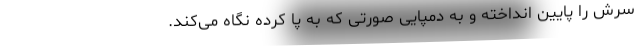
سرش را پایین انداخته و به دمپایی صورتی که به پا کرده نگاه می‌کند.